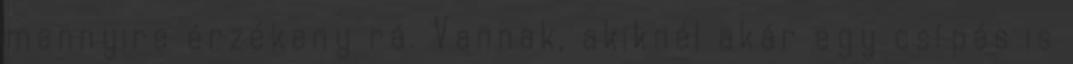
mennyire érzékeny rá. Vannak, akiknél akár egy csípés is